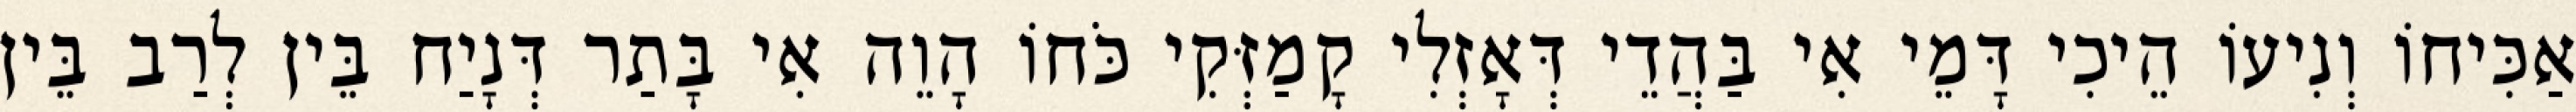
אַכִּיחוֹ וְנִיעוֹ הֵיכִי דָּמֵי אִי בַּהֲדֵי דְּאָזְלִי קָמַזְּקִי כֹּחוֹ הָוֵה אִי בָּתַר דְּנָיַח בֵּין לְרַב בֵּין